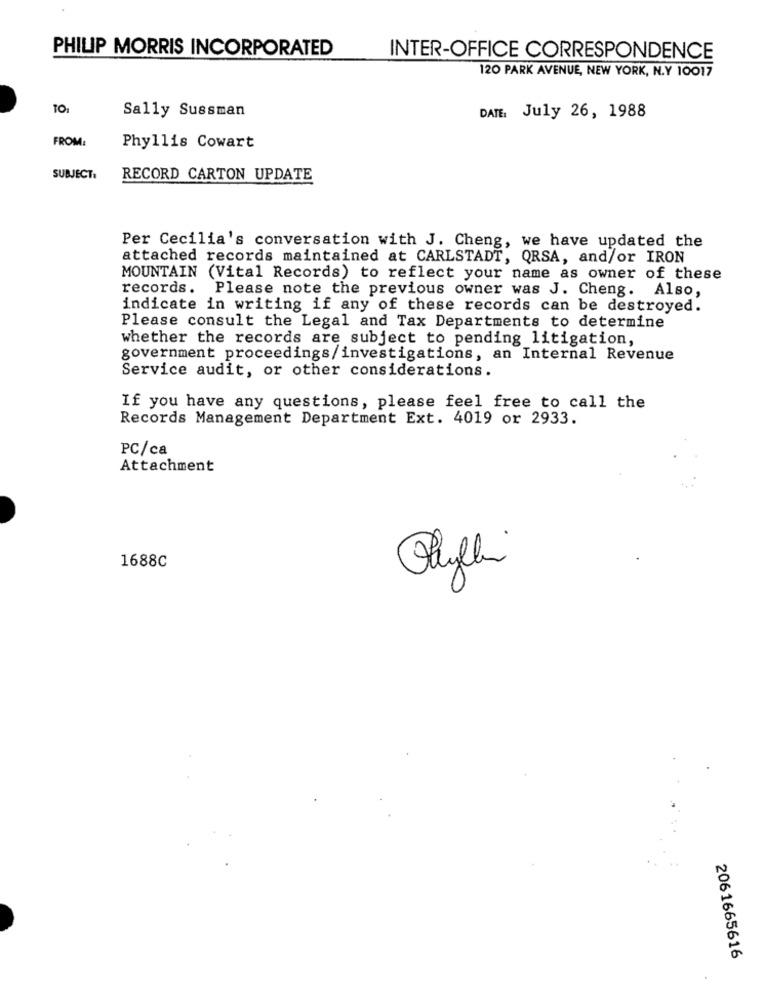
PHILIP MORRIS INCORPORATED
INTER-OFFICE CORRESPONDENCE
120 PARK AVENUE, NEW YORK, N.Y 10017
Sally Sussman
DATE: July 26, 1988
FROM:
Phyllis Cowart
SUBJECT:
RECORD CARTON UPDATE
Per Cecilia's conversation with J. Cheng, we have updated the
attached records maintained at CARLSTADT, QRSA, and/or IRON
MOUNTAIN (Vital Records) to reflect your name as owner of these
records. Please note the previous owner was J. Cheng. Also,
indicate in writing if any of these records can be destroyed.
Please consult the Legal and Tax Departments to determine
whether the records are subject to pending litigation,
government proceedings/investigations, an Internal Revenue
Service audit, or other considerations.
If you have any questions, please feel free to call the
Records Management Department Ext. 4019 or 2933.
PC/ca
Attachment
1688C
2061665616